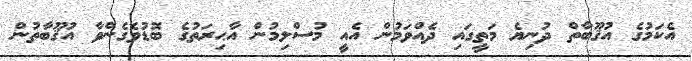
އެކަމުގެ އުޤޫބާތް ދުނިޔެ މަތީގައި ދެއްވަމުން އެއީ މުސްލިމުން އާޙިރަތުގެ ބޮޑުވެގެންވާ އުޤޫބާތުން